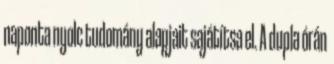
naponta nyolc tudomány alapjait sajátítsa el. A dupla órán